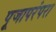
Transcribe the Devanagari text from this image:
पूजापरंपरा